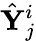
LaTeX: \hat{\mathbf{Y}}_{j}^{i}